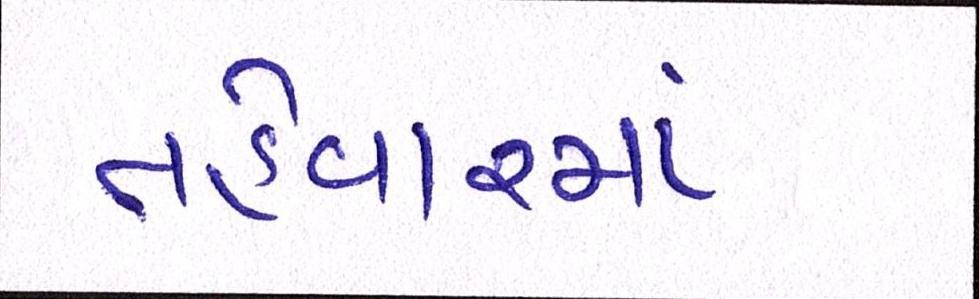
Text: તહેવારમાં